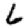
Digit: 6